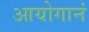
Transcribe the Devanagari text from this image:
आयोगानं